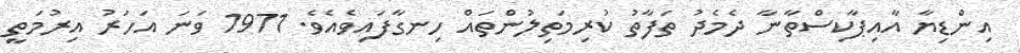
އިންޑިޔާ އާއިޕާކިސްތާނާ ދެމެދު ތަފާތު ކުރިމަތިލުންތައް ހިނގާފައިވެއެވެ. 1971 ވަނަ އަހަރު އިރުމަތީ